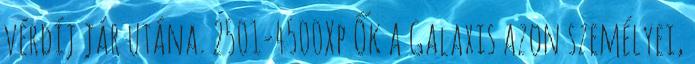
vérdíj jár utána. 2501-4500Xp Ők a Galaxis azon személyei,